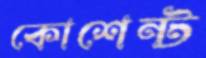
কোশেন্ট